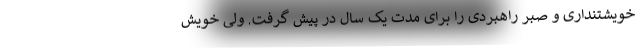
خویشتنداری و صبر راهبردی را برای مدت یک سال در پیش گرفت. ولی خویش